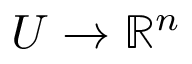
U \to \mathbb { R } ^ { n }